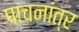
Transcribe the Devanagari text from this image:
पाचनांत्र